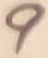
Text: 9